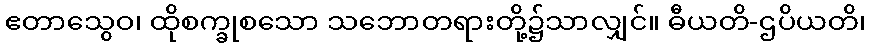
ဧတာသွေဝ၊ ထိုစက္ခုစသော သဘောတရားတို့၌သာလျှင်။ ဓီယတိ-ဌပိယတိ၊